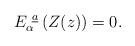
LaTeX: \begin{align*}E_\alpha^{~\underline a}\left(Z(z)\right)=0.\end{align*}